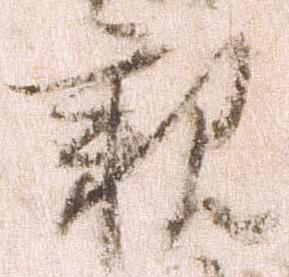
親